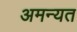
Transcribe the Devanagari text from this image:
अमन्यत